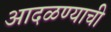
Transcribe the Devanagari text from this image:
आदळण्याची